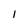
Character: l